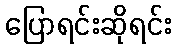
ပြောရင်းဆိုရင်း